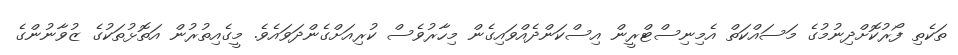
ތަކެތި ފޯރުކޮށްދިނުމުގެ މަސައްކަތް އެމިނިސްޓްރީން އިސްކަންދެއްވައިގެން މިހާރުވެސް ކުރިއަށްގެންދަވައެވެ. މީގެއިތުރުން އަތޮޅުތަކުގެ ޒުވާނުންގެ